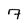
Character: 7